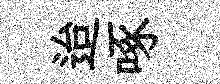
迨啄